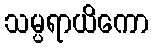
သမ္ပရာယိကော